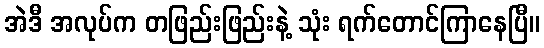
အဲဒီ အလုပ်က တဖြည်းဖြည်းနဲ့ သုံး ရက်တောင်ကြာနေပြီ။